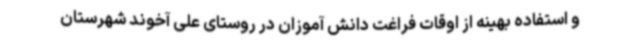
و استفاده بهینه از اوقات فراغت دانش آموزان در روستای علی آخوند شهرستان